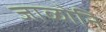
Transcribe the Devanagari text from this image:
जाळोनि